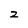
Character: z